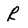
Character: R